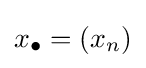
x_{\bullet }=\left(x_{n}\right)